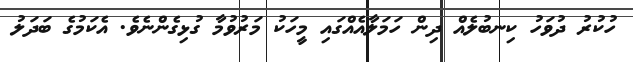
ހުކުރު ދުވަހު ކިނބުލެއް ދިން ހަމަލާއެއްގައި މީހަކު މަރުވުމާ ގުޅިގެންނެވެ. އެކަމުގެ ބަދަލު